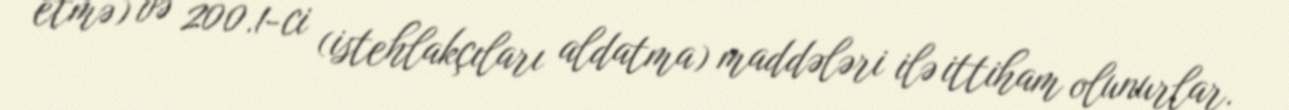
etmə) və 200.1-ci (istehlakçıları aldatma) maddələri ilə ittiham olunurlar.